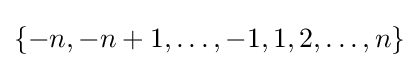
\{-n,-n+1,\ldots ,-1,1,2,\ldots ,n\}